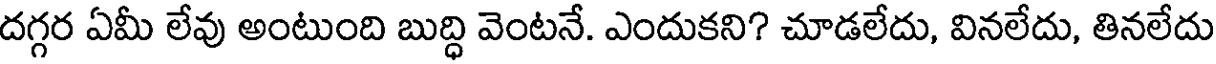
దగ్గర ఏమీ లేవు అంటుంది బుద్ధి వెంటనే. ఎందుకని? చూడలేదు, వినలేదు, తినలేదు